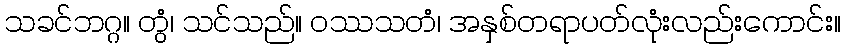
သခင်ဘဂ္ဂ။ တွံ၊ သင်သည်။ ဝဿသတံ၊ အနှစ်တရာပတ်လုံးလည်းကောင်း။